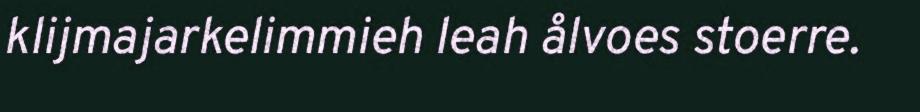
klijmajarkelimmieh leah ålvoes stoerre.